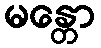
မန္တော